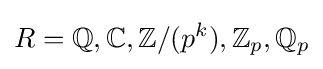
R=\mathbb {Q} ,\mathbb {C} ,\mathbb {Z} /(p^{k}),\mathbb {Z} _{p},\mathbb {Q} _{p}